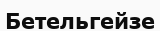
Бетельгейзе